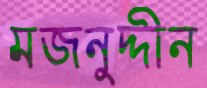
মজনুদ্দীন